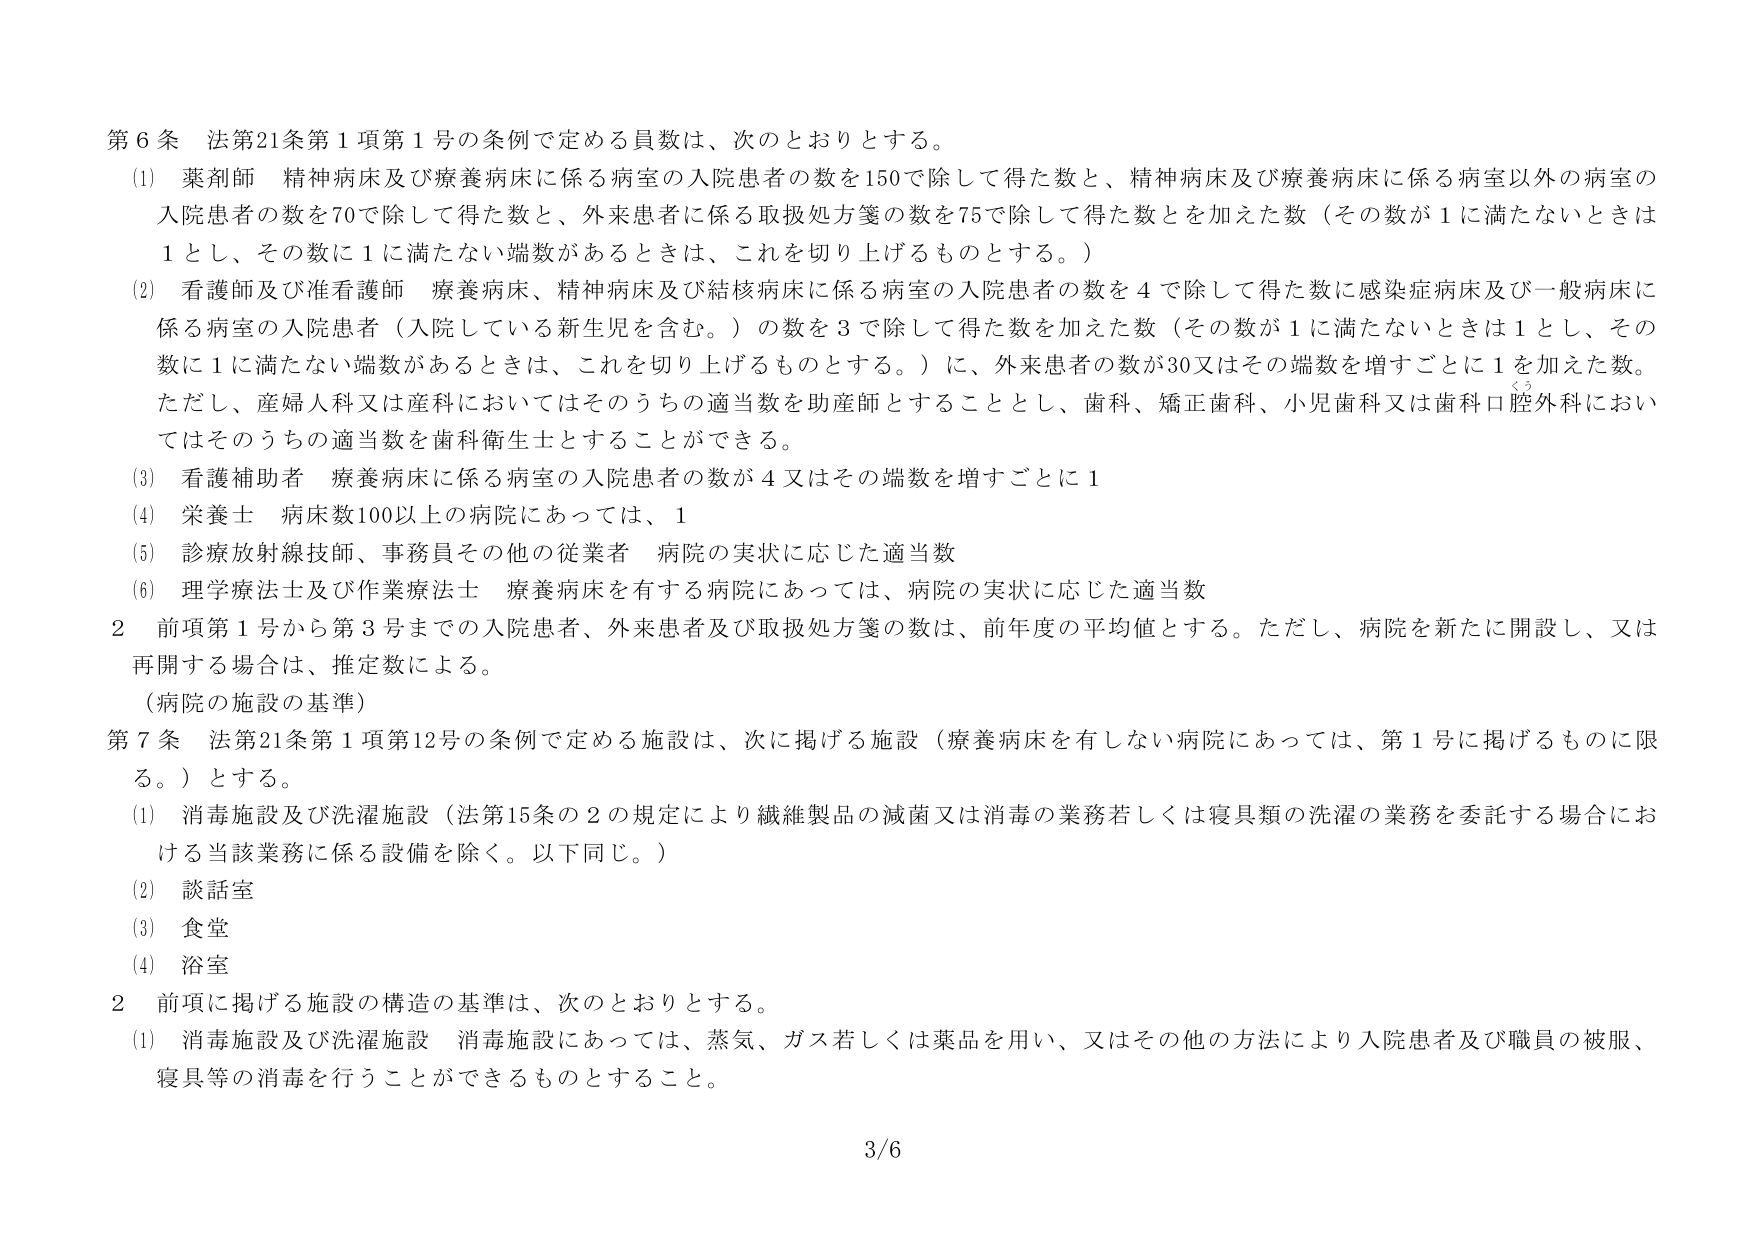
第6条 法第21条第1項第1号の条例で定める員数は、次のとおりとする。

(1) 薬剤師 精神病床及び療養病床に係る病室の入院患者の数を150で除して得た数と、精神病床及び療養病床に係る病室以外の病室の入院患者の数を70で除して得た数と、外来患者に係る取扱処方箋の数を75で除して得た数とを加えた数（その数が1に満たないときは1とし、その数に1に満たない端数があるときは、これを切り上げるものとする。）

(2) 看護師及び准看護師 療養病床、精神病床及び結核病床に係る病室の入院患者の数を4で除して得た数に感染症病床及び一般病床に係る病室の入院患者（入院している新生児を含む。）の数を3で除して得た数を加えた数（その数が1に満たないときは1とし、その数に1に満たない端数があるときは、これを切り上げるものとする。）に、外来患者の数が30又はその端数を増すごとに1を加えた数。ただし、産婦人科又は産科においてはそのうちの適当数を助産師とすることとし、歯科、矯正歯科、小児歯科又は歯科口腔外科においてはそのうちの適当数を歯科衛生士とすることができる。

(3) 看護補助者 療養病床に係る病室の入院患者の数が4又はその端数を増すごとに1

(4) 栄養士 病床数100以上の病院にあっては、1

(5) 診療放射線技師、事務員その他の従業者 病院の実状に応じた適当数

(6) 理学療法士及び作業療法士 療養病床を有する病院にあっては、病院の実状に応じた適当数

2 前項第1号から第3号までの入院患者、外来患者及び取扱処方箋の数は、前年度の平均値とする。ただし、病院を新たに開設し、又は再開する場合は、推定数による。

（病院の施設の基準）

第7条 法第21条第1項第12号の条例で定める施設は、次に掲げる施設（療養病床を有しない病院にあっては、第1号に掲げるものに限る。）とする。

(1) 消毒施設及び洗濯施設（法第15条の2の規定により繊維製品の滅菌又は消毒の業務若しくは寝具類の洗濯の業務を委託する場合における当該業務に係る設備を除く。以下同じ。）

(2) 談話室

(3) 食堂

(4) 浴室

2 前項に掲げる施設の構造の基準は、次のとおりとする。

(1) 消毒施設及び洗濯施設 消毒施設にあっては、蒸気、ガス若しくは薬品を用い、又はその他の方法により入院患者及び職員の被服、寝具等の消毒を行うことができるものとすること。

3/6